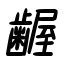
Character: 齷